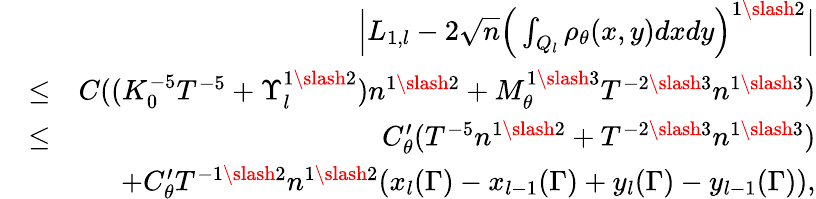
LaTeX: \begin{array}{rlr}&{}&{\Big|L_{1,l}-2\sqrt{n}\Big(\int_{Q_{l}}\rho_{\theta}(x,y)dxdy\Big)^{1\slash 2}\Big|}\\ &{\leq}&{C((K_{0}^{-5}T^{-5}+\Upsilon_{l}^{1\slash 2})n^{1\slash 2}+M_{\theta}^{1\slash 3}T^{-2\slash 3}n^{1\slash 3})}\\ &{\leq}&{C_{\theta}^{\prime}(T^{-5}n^{1\slash 2}+T^{-2\slash 3}n^{1\slash 3})}\\ &{}&{+C_{\theta}^{\prime}T^{-1\slash 2}n^{1\slash 2}(x_{l}(\Gamma)-x_{l-1}(\Gamma)+y_{l}(\Gamma)-y_{l-1}(\Gamma)),}\end{array}